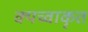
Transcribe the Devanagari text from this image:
क्यच्वाकृत